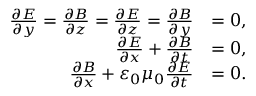
\begin{array} { r l } { \frac { \partial E } { \partial y } = \frac { \partial B } { \partial z } = \frac { \partial E } { \partial z } = \frac { \partial B } { \partial y } } & { = 0 , } \\ { \frac { \partial E } { \partial x } + \frac { \partial B } { \partial t } } & { = 0 , } \\ { \frac { \partial B } { \partial x } + \varepsilon _ { 0 } \mu _ { 0 } \frac { \partial E } { \partial t } } & { = 0 . \, \, } \end{array}